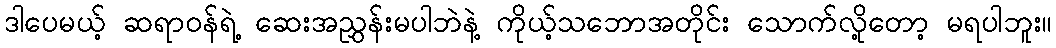
ဒါပေမယ့် ဆရာဝန်ရဲ့ ဆေးအညွှန်းမပါဘဲနဲ့ ကိုယ့်သဘောအတိုင်း သောက်လို့တော့ မရပါဘူး။